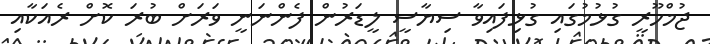
ޖުމްހޫރީ ގުޅުމުގައި ގުޅިފައިވާ ސިޔާސީ ލީޑަރުން ފެންނަނީ ވަރަށް ބުރަ ކޮށް ރެއަކާއި